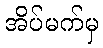
အိပ်မက်မှ